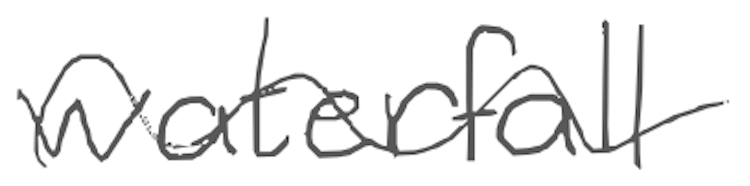
Text: waterfall
Cross-out: wave
Writing tool: digital_gray